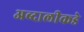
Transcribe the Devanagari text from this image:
अब्दालीकडे